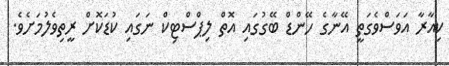
ކިއާރާ އަވަސްވެގަތީ އޭނާގެ ހޭންޑް ބޭގުގައި އޮތް ލިޕްސްޓިކް ނަގައި ކުޑަކޮށް ރީތިވެލުމަށެވެ.